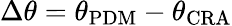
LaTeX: \Delta\theta=\theta_{\mathrm{PDM}}-\theta_{\mathrm{CRA}}